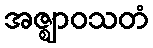
အဇ္ဈာဝသတံ